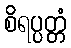
စိရပ္ပတ္တံ